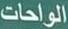
الواحات